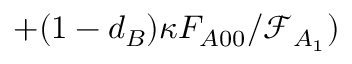
+ ( 1 - d _ { B } ) \kappa F _ { A 0 0 } / \mathcal { F } _ { A _ { 1 } } )